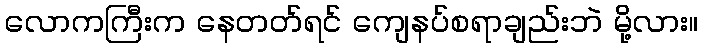
လောကကြီးက နေတတ်ရင် ကျေနပ်စရာချည်းဘဲ မို့လား။